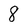
Character: 8